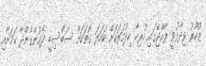
ޒުހޫރު ވިދާޅުވީ ރާއްޖޭގައި ހުރިހާ ހިދުމަތަކަށް ކަހަލަ ގޮތަކަށް ސަބްސިޑީ ދެމުންގެންދާ ކަމަށާއި